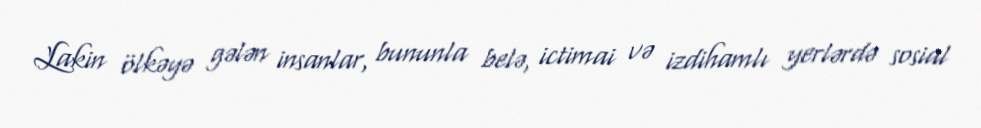
Lakin ölkəyə gələn insanlar, bununla belə, ictimai və izdihamlı yerlərdə sosial